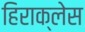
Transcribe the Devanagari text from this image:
हिराक्लेस